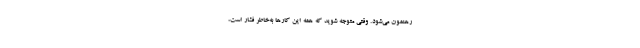
رهنمون می‌شود. وقتی متوجه شوید که همهٔ این کارها به‌خاطر فشار است،